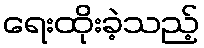
ရေးထိုးခဲ့သည့်